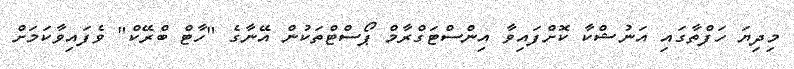
މިދިޔަ ހަފްތާގައި އަނުޝްކާ ކޮށްފައިވާ އިންސްޓަގްރާމް ޕޯސްޓްތަކުން އޭނާގެ "ހާޓް ބްރޭކް" ވެފައިވާކަމަށް